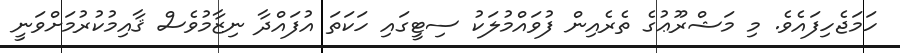
ހަމަޖެހިފައެވެ. މި މަޝްރޫޢުގެ ތެރެއިން ފުވައްމުލަކު ސިޓީގައި ހަކަތަ އުފައްދާ ނިޒާމުވެސް ޤާއިމުކުރުމަށްވަނީ